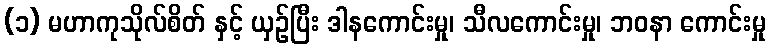
(၁) မဟာကုသိုလ်စိတ် နှင့် ယှဉ်ပြီး ဒါနကောင်းမှု၊ သီလကောင်းမှု၊ ဘဝနာ ကောင်းမှု